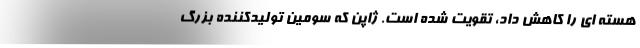
هسته ای را کاهش داد، تقویت شده است. ژاپن که سومین تولیدکننده بزرگ